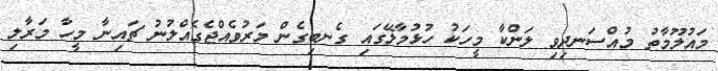
މައުލޫމާތު މުއްސަނދިވި ލަންކާ މީހަކު ހުޅުމާލޭގައި ގެނބިގެން މަރުވެއްޖެގެއްލުނު ޗައިނާ މީހާ މަރާލި